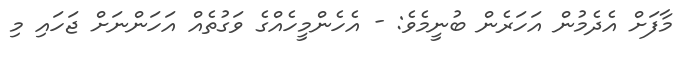
މާފަށް އެދެމުން އަހަރެން ބުނީމެވެ: - އެހެންމީހެއްގެ ވަގުތެއް އަހަންނަށް ޖަހައި މި